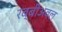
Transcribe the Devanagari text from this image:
रब्बीअवल